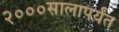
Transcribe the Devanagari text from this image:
२०००सालापर्यंत